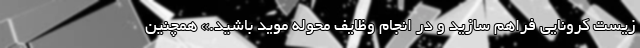
زیست کرونایی فراهم سازید و در انجام وظایف محوله موید باشید.» همچنین